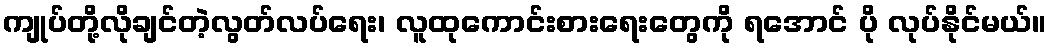
ကျုပ်တို့လိုချင်တဲ့လွတ်လပ်ရေး၊ လူထုကောင်းစားရေးတွေကို ရအောင် ပို လုပ်နိုင်မယ်။